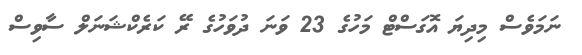
ނަމަވެސް މިދިޔަ އޮގަސްޓް މަހުގެ 23 ވަަނަ ދުވަހުގެ ރޭ ކަރެކްޝަނަލް ސާވިސް